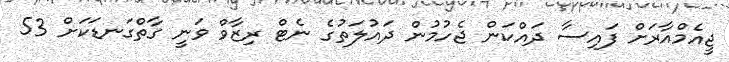
ޖީއެމްއާރަށް ފައިސާ ދައްކަން ޖެހުމުން ދައުލަތުގެ ނެޓް ރިޒާވް ވަނީ ގާތްގަނޑަކަށް 53